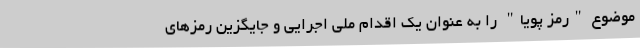
موضوع "رمز پویا" را به عنوان یک اقدام ملی اجرایی و جایگزین رمزهای